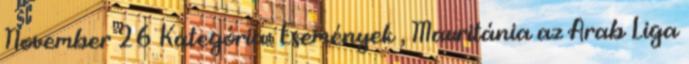
November 26 Kategória: Események , Mauritánia az Arab Liga